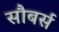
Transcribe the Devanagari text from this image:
सौबर्स